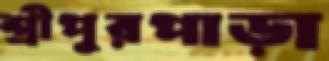
শ্রীপুরপাড়া